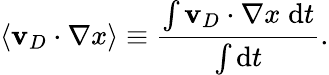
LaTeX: \langle\mathbf{v}_{D}\cdot\nabla x\rangle\equiv\frac{\int\mathbf{v}_{D}\cdot\nabla x\; \mathrm{d}t}{\int\mathrm{d}t}.